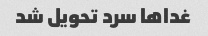
غداها سرد تحویل شد